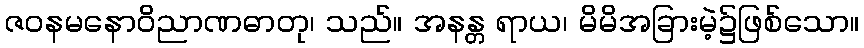
ဇဝနမနောဝိညာဏဓာတု၊ သည်။ အနန္တ ရာယ၊ မိမိအခြားမဲ့၌ဖြစ်သော။